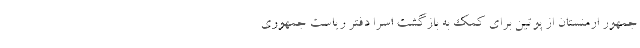
جمهور ارمنستان از پوتین برای کمک به بازگشت اسرا دفتر ریاست جمهوری